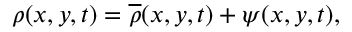
\rho ( x , y , t ) = \overline { { \rho } } ( x , y , t ) + \psi ( x , y , t ) ,